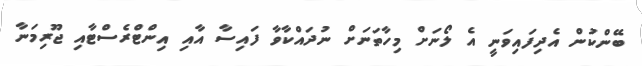
ބޭންކުން އެދިފައިވަނީ އެ ލޯނަށް މިހާތަނަށް ނުދައްކާވާ ފައިސާ އާއި އިންޓްރެސްޓާއި ޖޫރިމަނާ